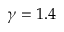
\gamma = 1 . 4